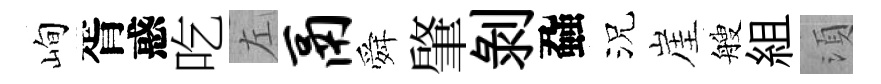
峋胥惑吃左鬲舜肇剥蝨況崖艘組湏